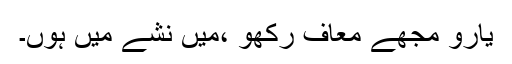
یارو مجھے معاف رکھو ،میں نشے میں ہوں۔